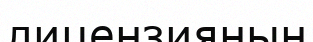
лицензияның